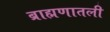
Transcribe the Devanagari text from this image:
ब्राह्मणातली